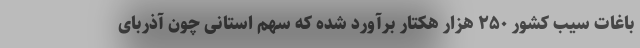
باغات سیب کشور ۲۵۰ هزار هکتار برآورد شده که سهم استانی چون آذربای